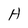
Character: H